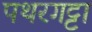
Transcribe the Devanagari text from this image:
पथरगट्टा